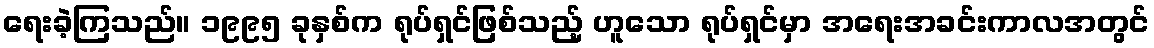
ရေးခဲ့ကြသည်။ ၁၉၉၅ ခုနှစ်က ရုပ်ရှင်ဖြစ်သည့် ဟူသော ရုပ်ရှင်မှာ အရေးအခင်းကာလအတွင်